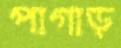
পাগাড়